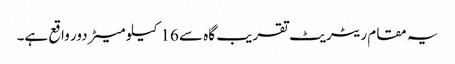
یہ مقام ریٹریٹ تقریب گاہ سے 16 کیلو میٹر دور واقع ہے۔